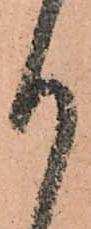
り